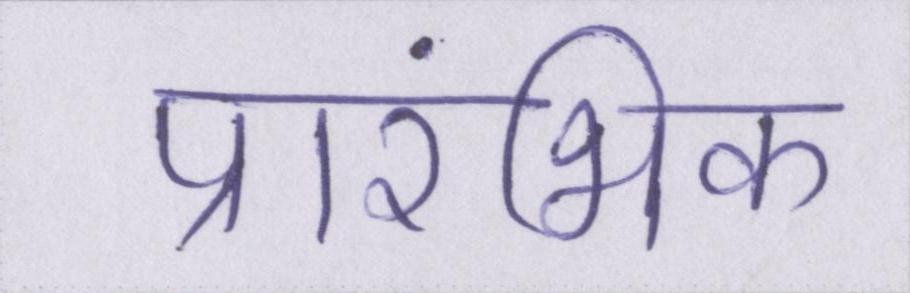
प्रारंभिक